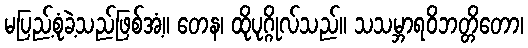
မပြည့်စုံခဲ့သည်ဖြစ်အံ့။ တေန၊ ထိုပုဂ္ဂိုလ်သည်။ သသမ္ဘာရဝိဘတ္တိတော၊